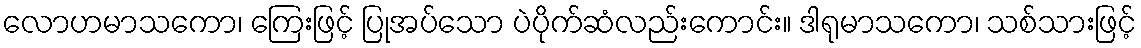
လောဟမာသကော၊ ကြေးဖြင့် ပြုအပ်သော ပဲပိုက်ဆံလည်းကောင်း။ ဒါရုမာသကော၊ သစ်သားဖြင့်